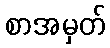
စာအမှတ်